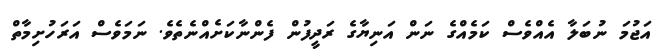
އަޖުމަ ނުބަލާ އެއްވެސް ކަމެއްގެ ނަން އަނިޔާގެ ރަދީފުން ފެންނާކަށެއްނެތެވެ. ނަމަވެސް އަރަހުށިމާތް